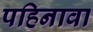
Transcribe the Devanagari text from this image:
पहिनावा